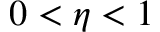
0 < \eta < 1